Report on enteric fever
Disease focus: Fever
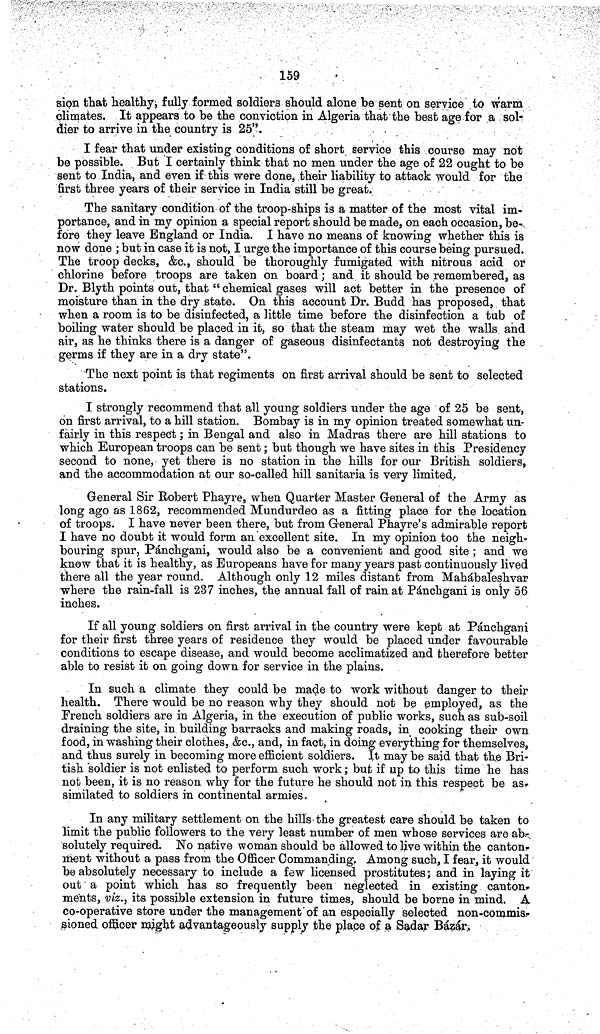
159
sion that healthy, fully formed soldiers should alone be sent on service to warm
climates. It appears to be the conviction in Algeria that the best age for a sol-
dier to arrive in the country is 25".
I fear that under existing conditions of short service this course may not
be possible. But I certainly think that no men under the age of 22 ought to be
sent to India, and even if this were done, their liability to attack would for the
first three years of their service in India still be great.
The sanitary condition of the troop-ships is a matter of the most vital im-
portance, and in my opinion a special report should be made, on each occasion, be-,
fore they leave England or India. I have no means of knowing whether this is
now done ; but in case it is not, I urge the importance of this course being pursued.
The troop decks, &c., should be thoroughly fumigated with nitrous acid or
chlorine before troops are taken on board; and it should be remembered, as
Dr. Blyth points out, that " chemical gases will act better in the presence of
moisture than in the dry state. On this account Dr. Budd has proposed, that
when a room is to be disinfected, a little time before the disinfection a tub of
boiling water should be placed in it, so that the steam may wet the walls and
air, as he thinks there is a danger of gaseous disinfectants not destroying the
germs if they are in a dry state".
The next point is that regiments on first arrival should be sent to selected
stations.
I strongly recommend that all young soldiers under the age of 25 be sent,
on first arrival, to a hill station. Bombay is in my opinion treated somewhat un-
fairly in this respect ; in Bengal and also in Madras there are hill stations to
which European troops can be sent ; but though we have sites in this Presidency
second to none, yet there is no station in the hills for our British soldiers,
and the accommodation at our so-called hill sanitaria is very limited.
General Sir Robert Phayre, when Quarter Master General of the Army as
long ago as 1862, recommended Mundurdeo as a fitting place for the location
of troops. I have never been there, but from General Phayre's admirable report
I have no doubt it would form an excellent site. In my opinion too the neigh-
bouring spur, Pánchgani, would also be a convenient and good site ; and we
know that it is healthy, as Europeans have for many years past continuously lived
there all the year round. Although only 12 miles distant from Mahábaleshvar
where the rain-fall is 237 inches, the annual fall of rain at Pánchgani is only 56
inches.
If all young soldiers on first arrival in the country were kept at Pánchgani
for their first three years of residence they would be placed under favourable
conditions to escape disease, and would become acclimatized and therefore better
able to resist it on going down for service in the plains.
In such a climate they could be made to work without danger to their
health. There would be no reason why they should not be employed, as the
French soldiers are in Algeria, in the execution of public works, such as sub-soil
draining the site, in building barracks and making roads, in cooking their own
food, in washing their clothes, &c., and, in fact, in doing everything for themselves,
and thus surely in becoming more efficient soldiers. It may be said that the Bri-
tish soldier is not enlisted to perform such work ; but if up to this time he has
not been, it is no reason why for the future he should not in this respect be as-
similated to soldiers in continental armies.
In any military settlement on the hills the greatest care should be taken to
limit the public followers to the very least number of men whose services are ab-
solutely required. No native woman should be allowed to live within the canton-
ment without a pass from the Officer Commanding, Among such, I fear, it would
be absolutely necessary to include a few licensed prostitutes ; and in laying it
out a point which has so frequently been neglected in existing canton-
ments, viz., its possible extension in future times, should be borne in mind. A
co-operative store under the management of an especially selected non-commis-
sioned officer might advantageously supply the place of a Sadar Bázár,